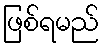
ဖြစ်ရမည်